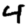
Digit: 4